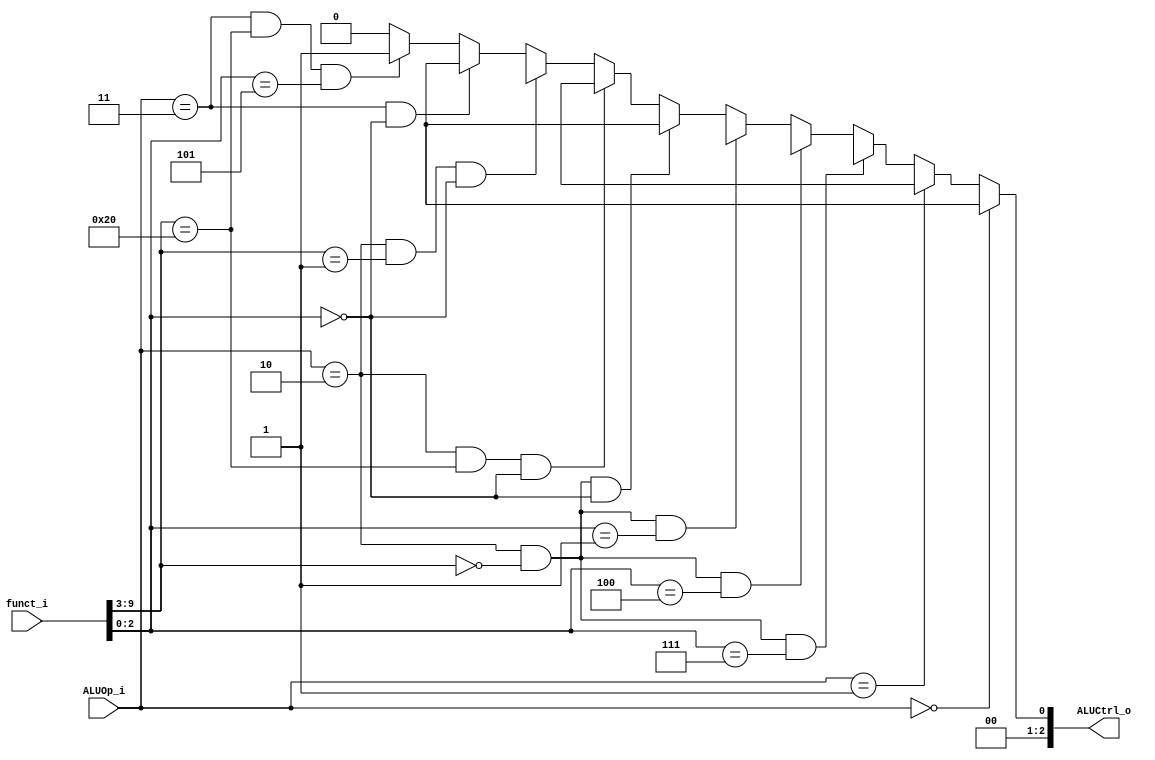
module ALU_Control
(
    funct_i, 
    ALUOp_i,
    ALUCtrl_o
);

// Ports
input   [9:0]       funct_i;
input   [1:0]       ALUOp_i;
output  [2:0]       ALUCtrl_o;

wire    [6:0]       funct7;
wire    [2:0]       funct3;

parameter ALUOp_Add = 2'b00;
parameter ALUOp_Subtract = 2'b01;
parameter ALUOp_RType = 2'b10;
parameter ALUOp_IType = 2'b11;

assign {funct7, funct3} = funct_i;

assign ALUCtrl_o = 
    (ALUOp_i == ALUOp_Add) ? ALU.ALU_ADD :
    (ALUOp_i == ALUOp_Subtract) ? ALU.ALU_SUB :
    (ALUOp_i == ALUOp_RType && funct7 == 7'b0000000 && funct3 == 3'b111) ? ALU.ALU_AND :
    (ALUOp_i == ALUOp_RType && funct7 == 7'b0000000 && funct3 == 3'b100) ? ALU.ALU_XOR :
    (ALUOp_i == ALUOp_RType && funct7 == 7'b0000000 && funct3 == 3'b001) ? ALU.ALU_SLL :
    (ALUOp_i == ALUOp_RType && funct7 == 7'b0000000 && funct3 == 3'b000) ? ALU.ALU_ADD :
    (ALUOp_i == ALUOp_RType && funct7 == 7'b0100000 && funct3 == 3'b000) ? ALU.ALU_SUB :
    (ALUOp_i == ALUOp_RType && funct7 == 7'b0000001 && funct3 == 3'b000) ? ALU.ALU_MUL :
    (ALUOp_i == ALUOp_IType && funct3 == 3'b000) ? ALU.ALU_ADD :
    (ALUOp_i == ALUOp_IType && funct7 == 7'b0100000 && funct3 == 3'b101) ? ALU.ALU_SRA :
    0; // Default case

endmodule